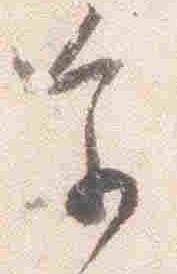
参